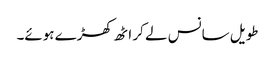
طویل سانس لے کر اٹھ کھڑے ہوئے۔